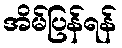
အိမ်ပြန်ရန်